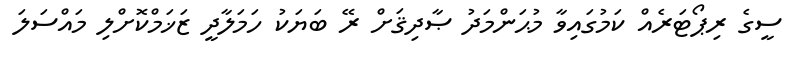
ސީގެ ރިޕޯޓަރެއް ކަމުގައިވާ މުޙަންމަދު ޞާދިޤަށް ރޭ ބަޔަކު ހަމަލާދީ ޒަޚަމްކޮށްލި މައްސަލަ